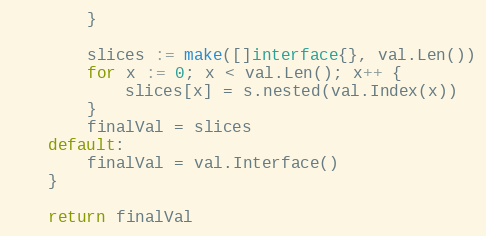
Language: Go
		}

		slices := make([]interface{}, val.Len())
		for x := 0; x < val.Len(); x++ {
			slices[x] = s.nested(val.Index(x))
		}
		finalVal = slices
	default:
		finalVal = val.Interface()
	}

	return finalVal